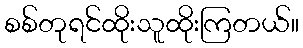
စစ်တုရင်ထိုးသူထိုးကြတယ်။